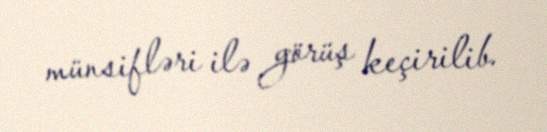
münsifləri ilə görüş keçirilib.